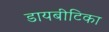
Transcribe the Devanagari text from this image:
डायबीटिका